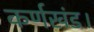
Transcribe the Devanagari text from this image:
कर्णखंड।